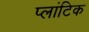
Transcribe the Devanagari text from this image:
प्लांटिक